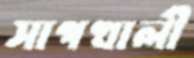
সাপখালী